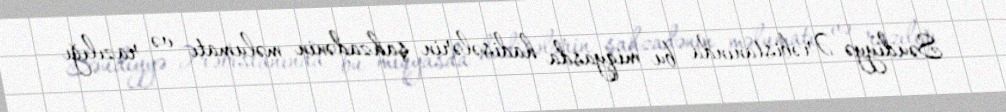
Səudiyyə Ərəbistanında bu miqyasda hadisələrin şahzadənin məlumatı və razılığı